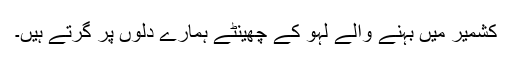
کشمیر میں بہنے والے لہو کے چھینٹے ہمارے دلوں پر گرتے ہیں۔